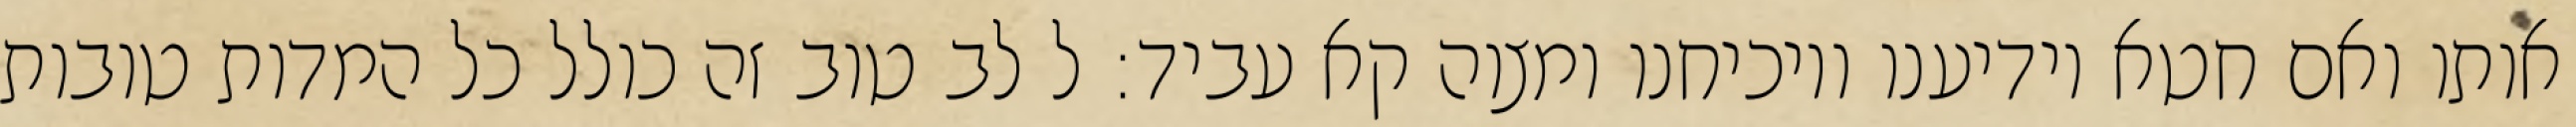
אותו ואם חטא יודיענו ויוכיחנו ומצוה קא עביד: ל לב טוב זה כולל כל המדות טובות